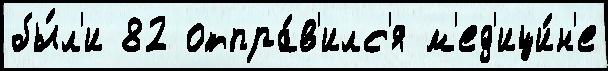
бы́л'и 82 отпра́в'илс'я м'ед'ици́н'е